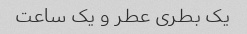
یک بطری عطر و یک ساعت